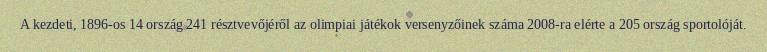
A kezdeti, 1896-os 14 ország 241 résztvevőjéről az olimpiai játékok versenyzőinek száma 2008-ra elérte a 205 ország sportolóját.